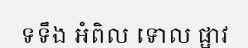
ទទឹង អំពិល ទោល ផ្អាវ